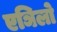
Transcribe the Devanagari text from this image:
एञिलो